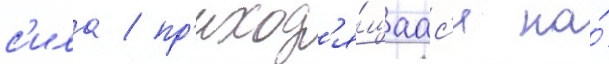
с'ила / пр'иход'я́щаас'я на́